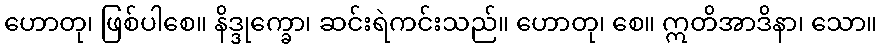
ဟောတု၊ ဖြစ်ပါစေ။ နိဒ္ဒုက္ခော၊ ဆင်းရဲကင်းသည်။ ဟောတု၊ စေ။ ဣတိအာဒိနာ၊ သော။